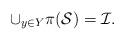
LaTeX: \begin{align*}\cup_{y\in Y}\pi (\mathcal S)=\mathcal I.\end{align*}